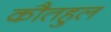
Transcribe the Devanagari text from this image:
कौतहुल